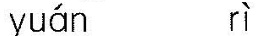
yuán rì